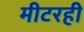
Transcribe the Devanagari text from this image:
मीटरही